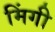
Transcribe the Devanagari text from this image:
मिंगी